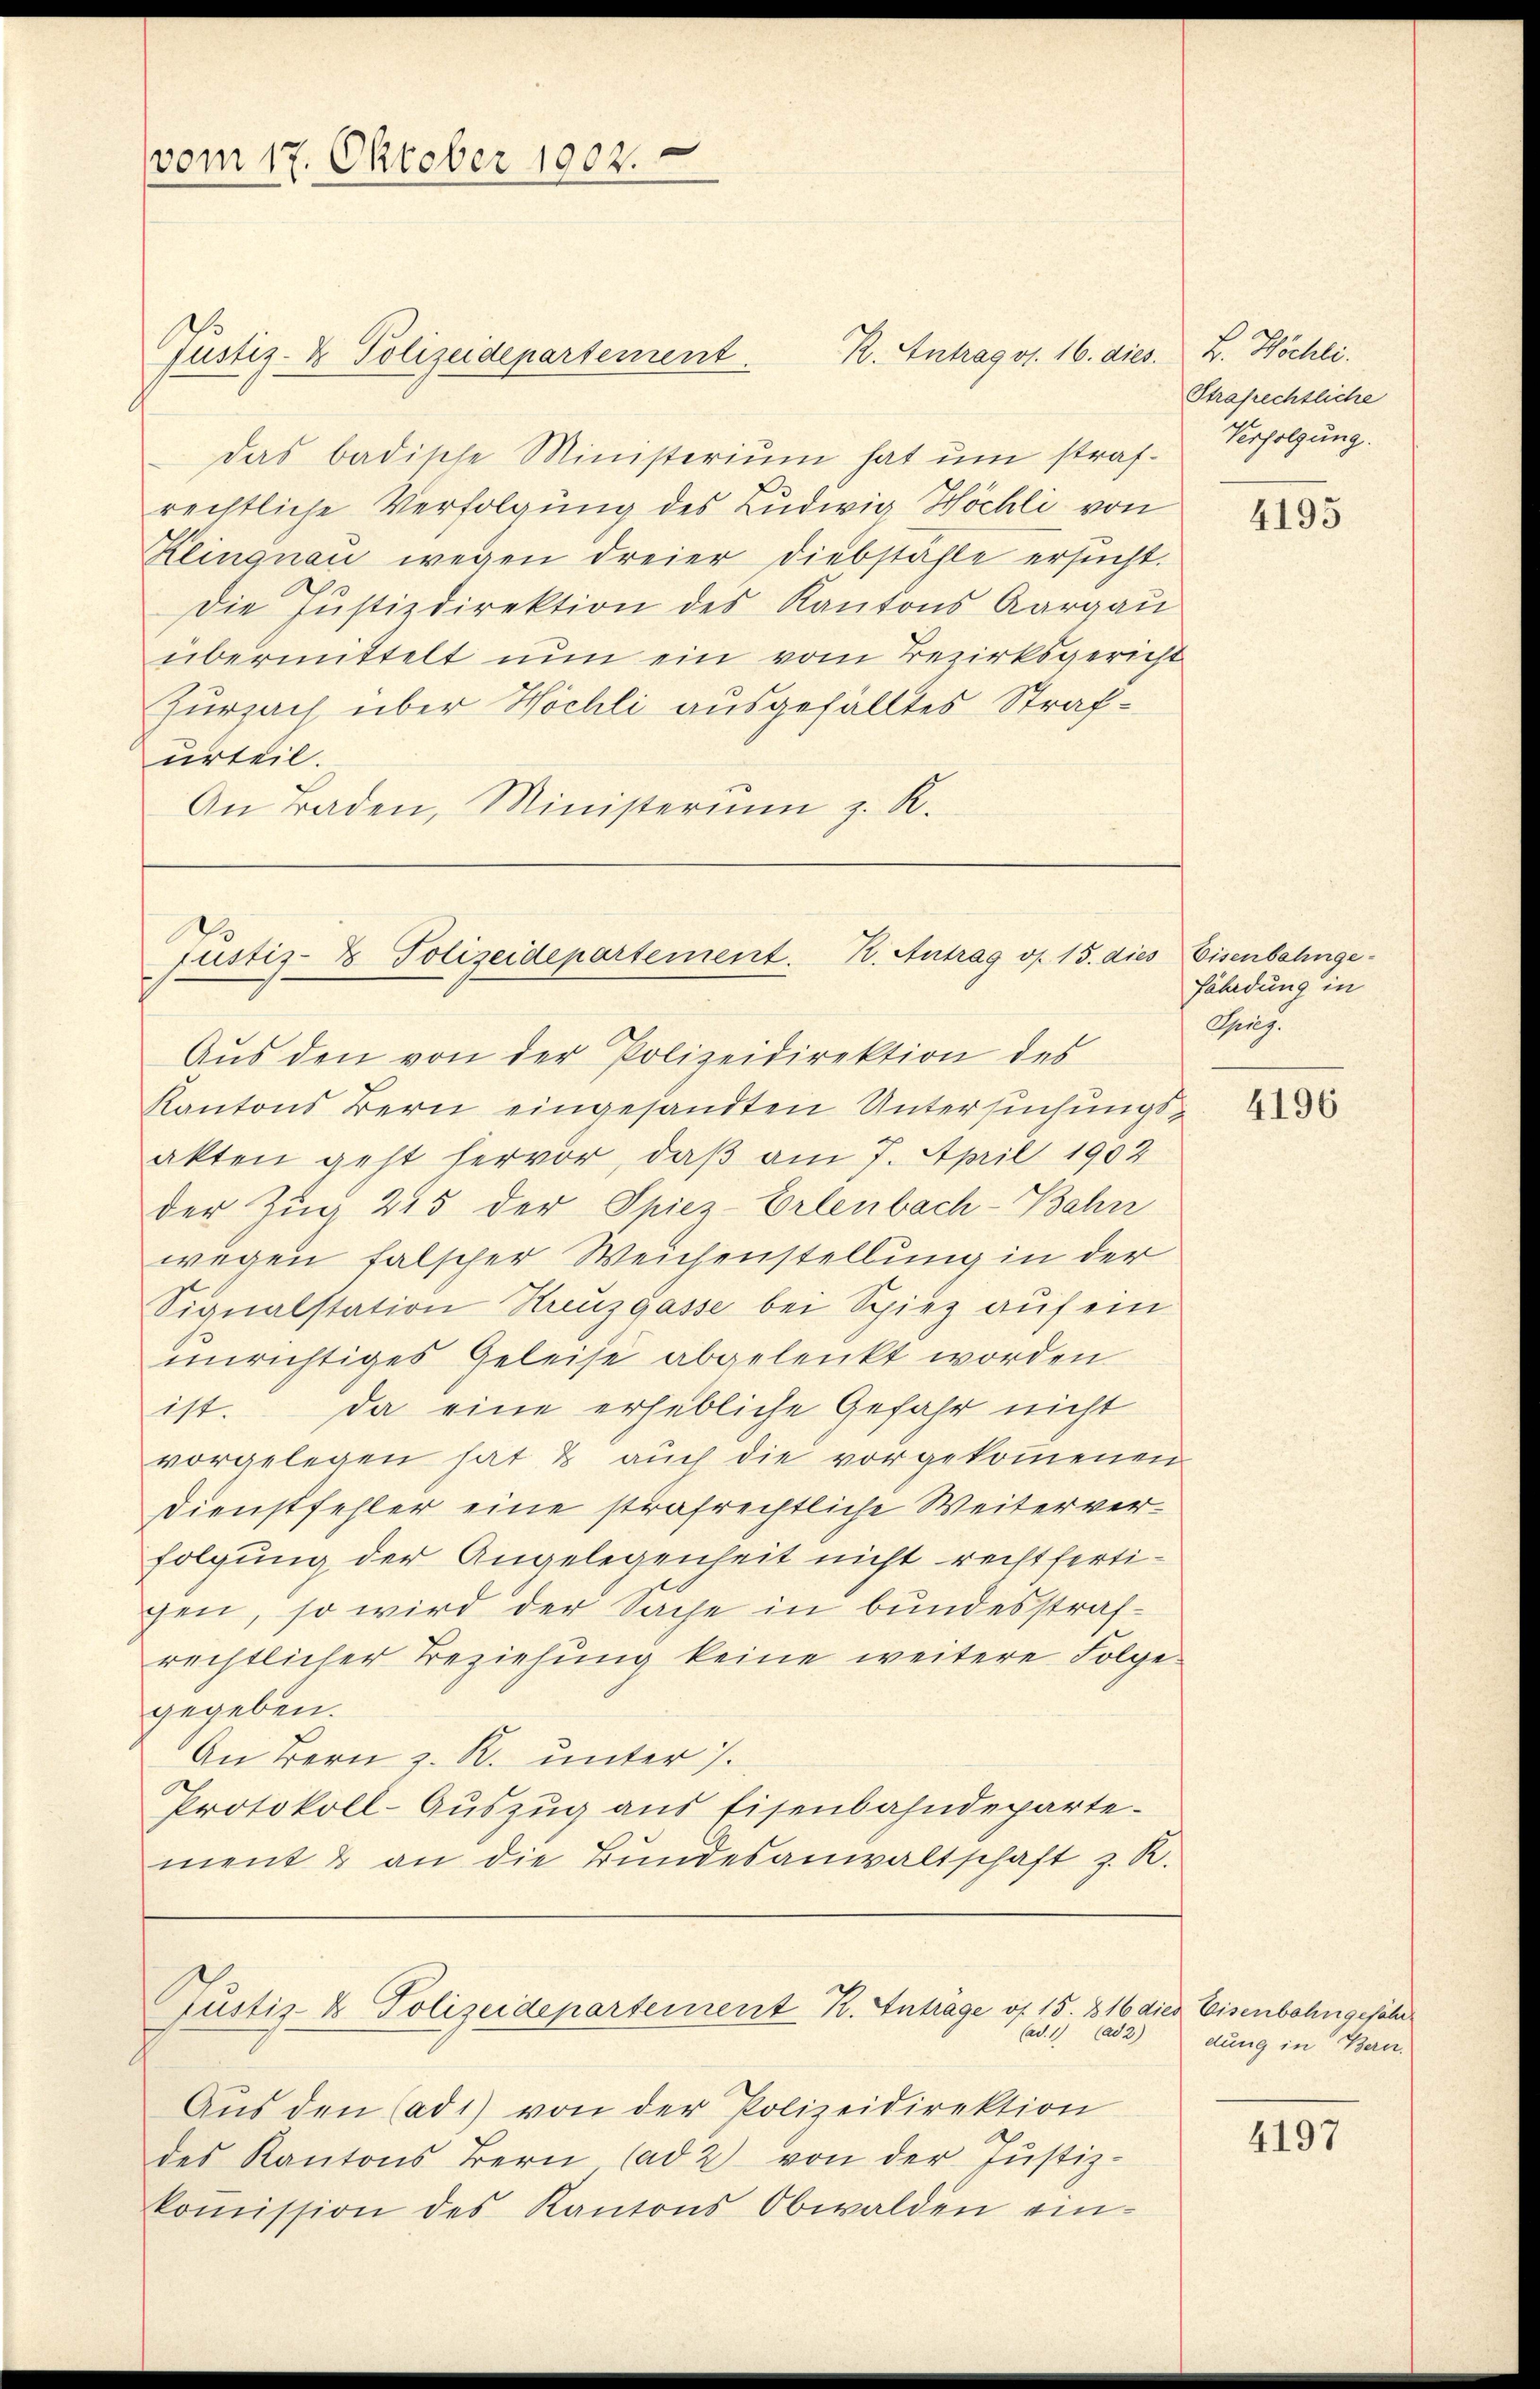
R. Antrag v. 16. dies. B. Höchli
Justiz- & Polizeidepartement.
das badische Ministerium hat um strafrechtliche Verfolgung des Ludwig Höchli von
Klingnau wegen dreier Diebstahle ersucht.
Die Justizdirektion des Kantons Aargau
übermittelt nun ein vom Bezirksgericht
Zurzach über Höchli ausgefälltes Strafurteil.
An Baden, Ministerium z. R.

vom 17. Oktober 1902.

Justiz- & Polizeidepartement. K. Antrag v. 15. dies Eisenbahnge¬

Aus den (ad1) von der Polizeidirektion
des Kantons Bern (ad 2 von der Justiz-
koṁission des Kantons Obwalden ein-

Rustiz- & Polizeidepartement K. Anträge of 15. 816 dies Eisenbahngefähr
Cad. 1 (ad 2)

Aŭs den von der Polizeidirektion des
Kantons Bern eingesandten Untersuchungsakten geht hervor, daß am 7. April 1902
der Zug 245 der Spiez-Erlenbach-Bahn
wegen falscher Weichenstellung in der
Signalstation Streuzgasse bei Spiez auf ein
unrichtiges Geleise abgelenkt worden
ist. Da eine erhebliche Gefahr nicht
vorgelegen hat & auch die vorgekommenen
Dienstfehler eine strafrechtliche Weiterverfolgung der Angelegenheit nicht rechtfertigen, so wird der Sache in bundesstrafrechtlicher Beziehung keine weitere Folge
gegeben.
An Bern z. R. unter 7.
Protokoll-Auszug aus Eisenbahndepartement & an die Bundesanwaltschaft z. R.

Strafrechtliche
Verfolgung.

4195

fährdung in
Gherig

4196

dung in Bern.

4197